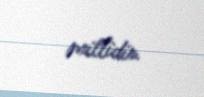
millidir.